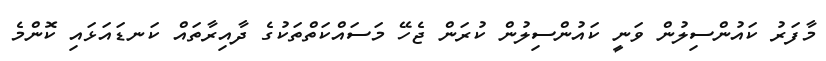
މާފަރު ކައުންސިލުން ވަނީ ކައުންސިލުން ކުރަން ޖެހޭ މަސައްކަތްތަކުގެ ދާއިރާތައް ކަނޑައަޅައި ކޮންމެ